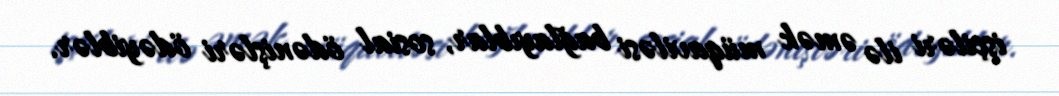
işçiləri ilə əmək müqaviləsi bağlayıblar, sosial ödənişləri ödəyiblər.